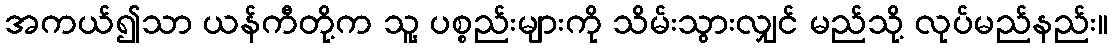
အကယ်၍သာ ယန်ကီတို့က သူ့ ပစ္စည်းများကို သိမ်းသွားလျှင် မည်သို့ လုပ်မည်နည်း။